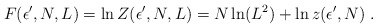
\begin{align*}F(\epsilon',N,L) = \ln Z(\epsilon',N,L) = N \ln (L^2) + \ln z(\epsilon',N)\;.\end{align*}